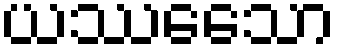
ယဿေသော